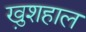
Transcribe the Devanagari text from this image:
खु़शहाल